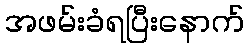
အဖမ်းခံရပြီးနောက်